Lunatic asylums Madras 1877-1891 - 1877-1891
Year: 1877
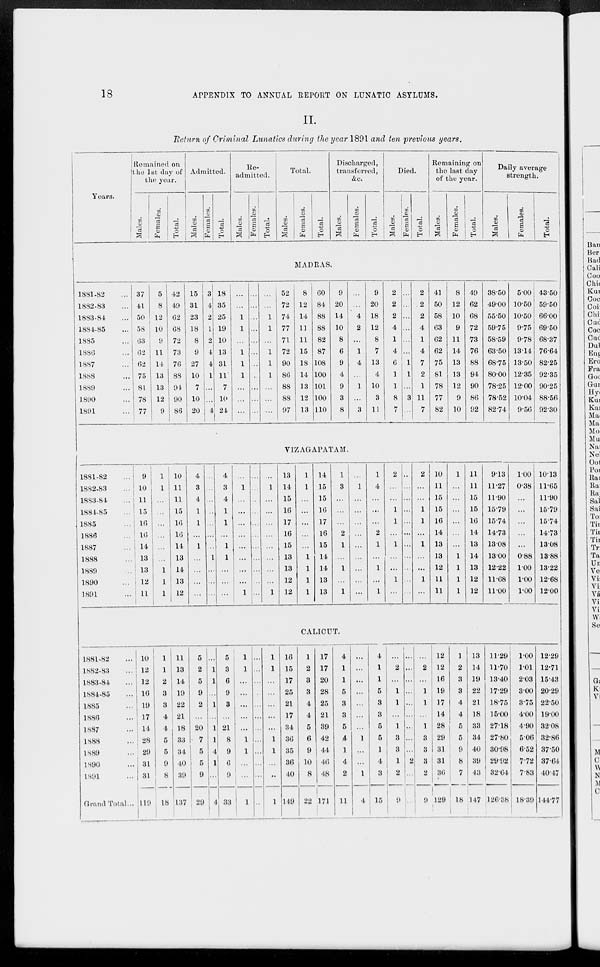
18
APPENDIX TO ANNUAL REPORT ON LUNATIC ASYLUMS.
II.
Return of Criminal Lunatics during the year 1891 and ten previous years.
Years.
Remained on
the 1st day of
the year.
Males.
Females.
Total.
Admitted.
Males.
Females.
Total.
Re-
admitted.
Males.
Females.
Total.
Total.
Males.
Females.
Total.
Discharged,
transferred,
&c.
Males.
Females.
Total.
Died.
Males.
Females.
Total.
Remaining on
the last day
of the year.
Males.
Females.
Total.
Daily average
strength.
Males.
Females.
Total.
MADRAS.
1881-82 ...
1882-83 ...
1883-84 ...
1884-85 ...
1885 ...
1886 ...
1887 ...
1888 ...
1889 ...
1890 ...
1891 ...
37
41
50
58
63
62
62
75
81
78
77
5
8
12
10
9
11
14
13
13
12
9
42
49
62
68
72
73
76
88
94
90
86
15
31
23
18
8
9
27
10
7
10
20
3
4
2
1
2
4
4
1
...
...
4
18
35
25
19
10
13
31
11
7
10
24
...
...
1
1
...
1
1
1
...
...
...
...
...
...
...
...
...
...
..
...
...
...
...
...
1
1
...
1
1
1
...
...
...
52
72
74
77
71
72
90
86
88
88
97
8
12
14
11
11
15
18
14
13
12
13
60
84
88
88
82
87
108
100
101
100
110
9
20
14
10
8
6
9
4
9
3
8
...
...
4
2
...
1
4
...
1
...
3
9
20
18
12
8
7
13
4
10
3
11
2
2
2
4
1
4
6
1
1
8
7
...
...
...
...
...
...
1
1
...
3
...
2
2
2
4
1
4
7
2
1
11
7
41
50
58
63
62
62
75
81
78
77
82
8
12
10
9
11
14
13
13
12
9
10
49
62
68
72
73
76
88
94
90
86
92
38.50
49.00
55.50
59.75
58.59
63.50
68.75
80.00
78.25
78.52
82.74
5.00
10.50
10.50
9.75
9.78
13.14
13.50
12.35
12.00
10.04
9.56
43.50
59.50
66.00
69.50
68.37
76.64
82.25
92.35
90.25
88.56
92.30
VIZAGAPATAM.
1881-82 ...
1882-83 ...
1883-84 ...
1884-85 ...
1885 ...
1886 ...
1887 ...
1888 ...
1889 ...
1890 ...
1891 ...
9
10
11
15
16
16
14
13
13
12
11
1
1
...
...
...
...
...
...
1
1
1
10
11
11
15
16
16
14
13
14
13
12
4
3
4
1
1
...
1
...
...
...
...
...
...
...
...
...
...
...
1
...
...
...
4
3
4
1
1
...
1
1
...
...
...
...
1
...
...
...
...
...
...
...
...
1
...
...
...
...
...
...
...
...
...
...
...
...
1
...
...
...
...
...
...
...
...
1
13
14
15
16
17
16
15
13
13
12
12
1
1
...
...
...
...
...
1
1
1
1
14
15
15
16
17
16
15
14
14
13
13
1
3
...
...
...
2
1
...
1
...
1
...
1
...
...
...
...
...
...
...
...
...
1
4
...
...
...
2
1
...
1
...
1
2
...
...
1
1
...
1
...
...
1
...
...
...
...
...
...
...
...
...
...
...
...
2
...
...
1
1
...
1
...
...
1
...
10
11
15
15
16
14
13
13
12
11
11
1
...
...
...
...
...
...
1
1
1
1
11
11
15
15
16
14
13
14
13
12
12
9.13
11.27
11.90
15.79
15.74
14.73
13.08
13.00
12.22
11.68
11.00
1.00
0.38
...
...
...
...
...
0.88
1.00
1.00
1.00
10.13
11.65
11.90
15.79
15.74
14.73
13.08
13.88
13.22
12.68
12.00
CALICUT.
1881-82 ...
1882-83 ...
1883-84 ...
1884-85 ...
1885 ...
1886 ...
1887 ...
1888 ...
1889 ...
1890 ...
1891 ...
Grand Total...
10
12
12
16
19
17
14
28
29
31
31
119
1
1
2
3
3
4
4
5
5
9
8
18
11
13
14
19
22
21
18
33
34
40
39
137
5
2
5
9
2
...
20
7
5
5
9
29
...
1
1
...
1
...
1
1
4
1
...
4
5
3
6
9
3
...
21
8
9
6
9
33
1
1
...
...
...
...
...
1
1
...
...
1
...
...
...
..
...
...
...
...
...
...
...
...
1
1
...
...
...
...
...
1
1
...
...
1
16
15
17
25
21
17
34
36
35
36
40
149
1
2
3
3
4
4
5
6
9
10
8
22
17
17
20
28
25
21
39
42
44
46
48
171
4
1
1
5
3
3
5
4
1
4
2
11
...
...
...
...
...
...
...
1
...
...
1
4
4
1
1
5
3
3
5
5
1
4
3
15
...
2
...
1
1
...
1
3
3
1
2
9
...
...
...
...
...
...
...
...
...
2
...
...
...
2
...
1
1
...
1
3
3
3
2
9
12
12
16
19
17
14
28
29
31
31
36
129
1
2
3
3
4
4
5
5
9
8
7
18
13
14
19
22
21
18
33
34
40
39
43
147
11.29
11.70
13.40
17.29
18.75
15.00
27.18
27.80
30.98
29.92
32.64
126.38
1.00
1.01
2.03
3.00
3.75
4.00
4.90
5.06
6.52
7.72
7.83
18.39
12.29
12.71
15.43
20.29
22.50
19.00
32.08
32.86
37.50
37.64
40.47
144.77